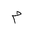
Letter: _mim